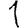
Digit: 1